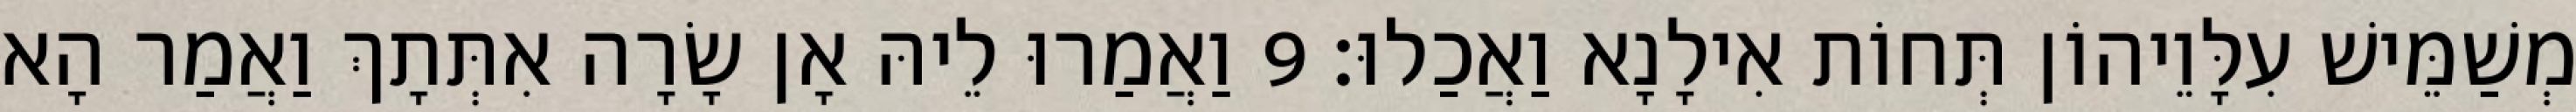
מְשַׁמֵּישׁ עִלָּוֵיהוֹן תְּחוֹת אִילָנָא וַאֲכַלוּ׃ 9 וַאֲמַרוּ לֵיהּ אָן שָׂרָה אִתְּתָךְ וַאֲמַר הָא